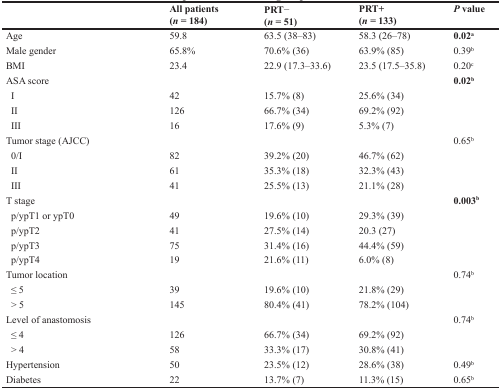
|  | All patients(n = 184) | PRT−(n = 51) | PRT+(n = 133) | P value |
 | --- | --- | --- | --- | --- |
 | Age | 59.8 | 63.5 (38–83) | 58.3 (26–78) | 0.02a |
 | Male gender | 65.8% | 70.6% (36) | 63.9% (85) | 0.39b |
 | BMI | 23.4 | 22.9 (17.3–33.6) | 23.5 (17.5–35.8) | 0.20c |
 | ASA score |  |  |  | 0.02b |
 | I | 42 | 15.7% (8) | 25.6% (34) |  |
 | II | 126 | 66.7% (34) | 69.2% (92) |  |
 | III | 16 | 17.6% (9) | 5.3% (7) |  |
 | Tumor stage (AJCC) |  |  |  | 0.65b |
 | 0/I | 82 | 39.2% (20) | 46.7% (62) |  |
 | II | 61 | 35.3% (18) | 32.3% (43) |  |
 | III | 41 | 25.5% (13) | 21.1% (28) |  |
 | T stage |  |  |  | 0.003b |
 | p/ypT1 or ypT0 | 49 | 19.6% (10) | 29.3% (39) |  |
 | p/ypT2 | 41 | 27.5% (14) | 20.3 (27) |  |
 | p/ypT3 | 75 | 31.4% (16) | 44.4% (59) |  |
 | p/ypT4 | 19 | 21.6% (11) | 6.0% (8) |  |
 | Tumor location |  |  |  | 0.74b |
 | ≤ 5 | 39 | 19.6% (10) | 21.8% (29) |  |
 | > 5 | 145 | 80.4% (41) | 78.2% (104) |  |
 | Level of anastomosis |  |  |  | 0.74b |
 | ≤ 4 | 126 | 66.7% (34) | 69.2% (92) |  |
 | > 4 | 58 | 33.3% (17) | 30.8% (41) |  |
 | Hypertension | 50 | 23.5% (12) | 28.6% (38) | 0.49b |
 | Diabetes | 22 | 13.7% (7) | 11.3% (15) | 0.65b |